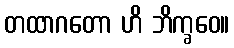
တထာဂတော ဟိ ဘိက္ခဝေ။